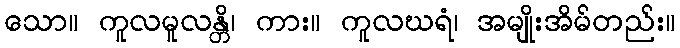
သော။ ကူလမူလန္တိ၊ ကား။ ကူလဃရံ၊ အမျိုးအိမ်တည်း။